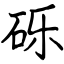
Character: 砾